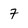
Character: 7